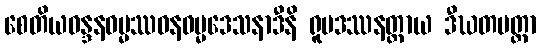
စေတိယဝန္ဒနဓမ္မဿဝနဓမ္မဒေသနာဒီနိ ရူပဒဿနတ္ထာယ ဒီဃတမတ္တာ